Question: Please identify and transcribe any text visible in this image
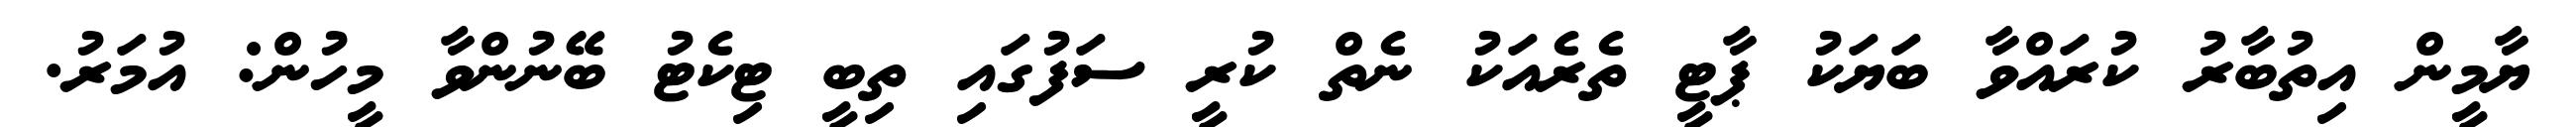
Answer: ޔާމީން އިތުބާރު ކުރައްވާ ބަޔަކު ޕާޓީ ތެރެއަކު ނެތް ކުރީ ސަފުގައި ތިބީ ޓިކެޓު ބޭނުންވާ މީހުން: އުމަރު.